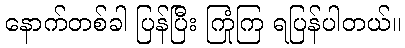
နောက်တစ်ခါ ပြန်ပြီး ကြုံကြ ရပြန်ပါတယ်။